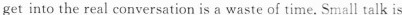
get into the real conversation is a waste of time, Small talk is